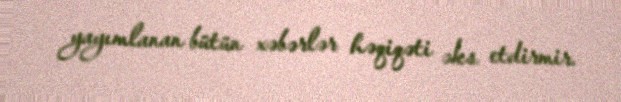
yayımlanan bütün xəbərlər həqiqəti əks etdirmir.